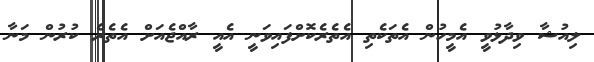
ލިއުޝާ ވިދާޅުވީ އެމީހުން އެތަކެތި އެތެރެކޮށްފައިވަނީ އެއީ ރާއްޖެއަށް އެތެރެ ކުރުން މަނާ